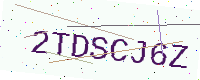
Text: 2TDSCJ6Z